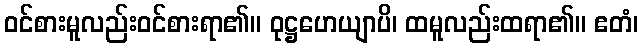
ဝင်စားမူလည်းဝင်စားရာ၏။ ဝုဋ္ဌဟေယျာပိ၊ ထမူလည်းထရာ၏။ ဧတံ၊